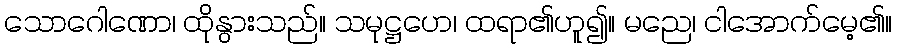
သောဂေါဏော၊ ထိုနွားသည်။ သမုဋ္ဌဟေ၊ ထရာ၏ဟူ၍။ မညေ၊ ငါအောက်မေ့၏။